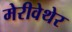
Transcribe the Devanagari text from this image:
मेरीवेथेर